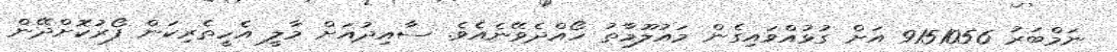
ނަމްބަރު 9151056 އަށް ގުޅުއްވައިގެން މައުލޫމާތު ހޯއްދެވޭނެއެވެ. ސާއިދުއަށް މާލީ އެހީތެރިކަން ފޯރުކޮށްދޭން